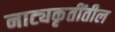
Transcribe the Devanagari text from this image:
नाट्यकृतींतील